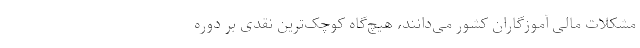
مشکلات مالی آموزگاران کشور می‌دانند، هیچ‌گاه کوچک‌ترین نقدی بر دوره